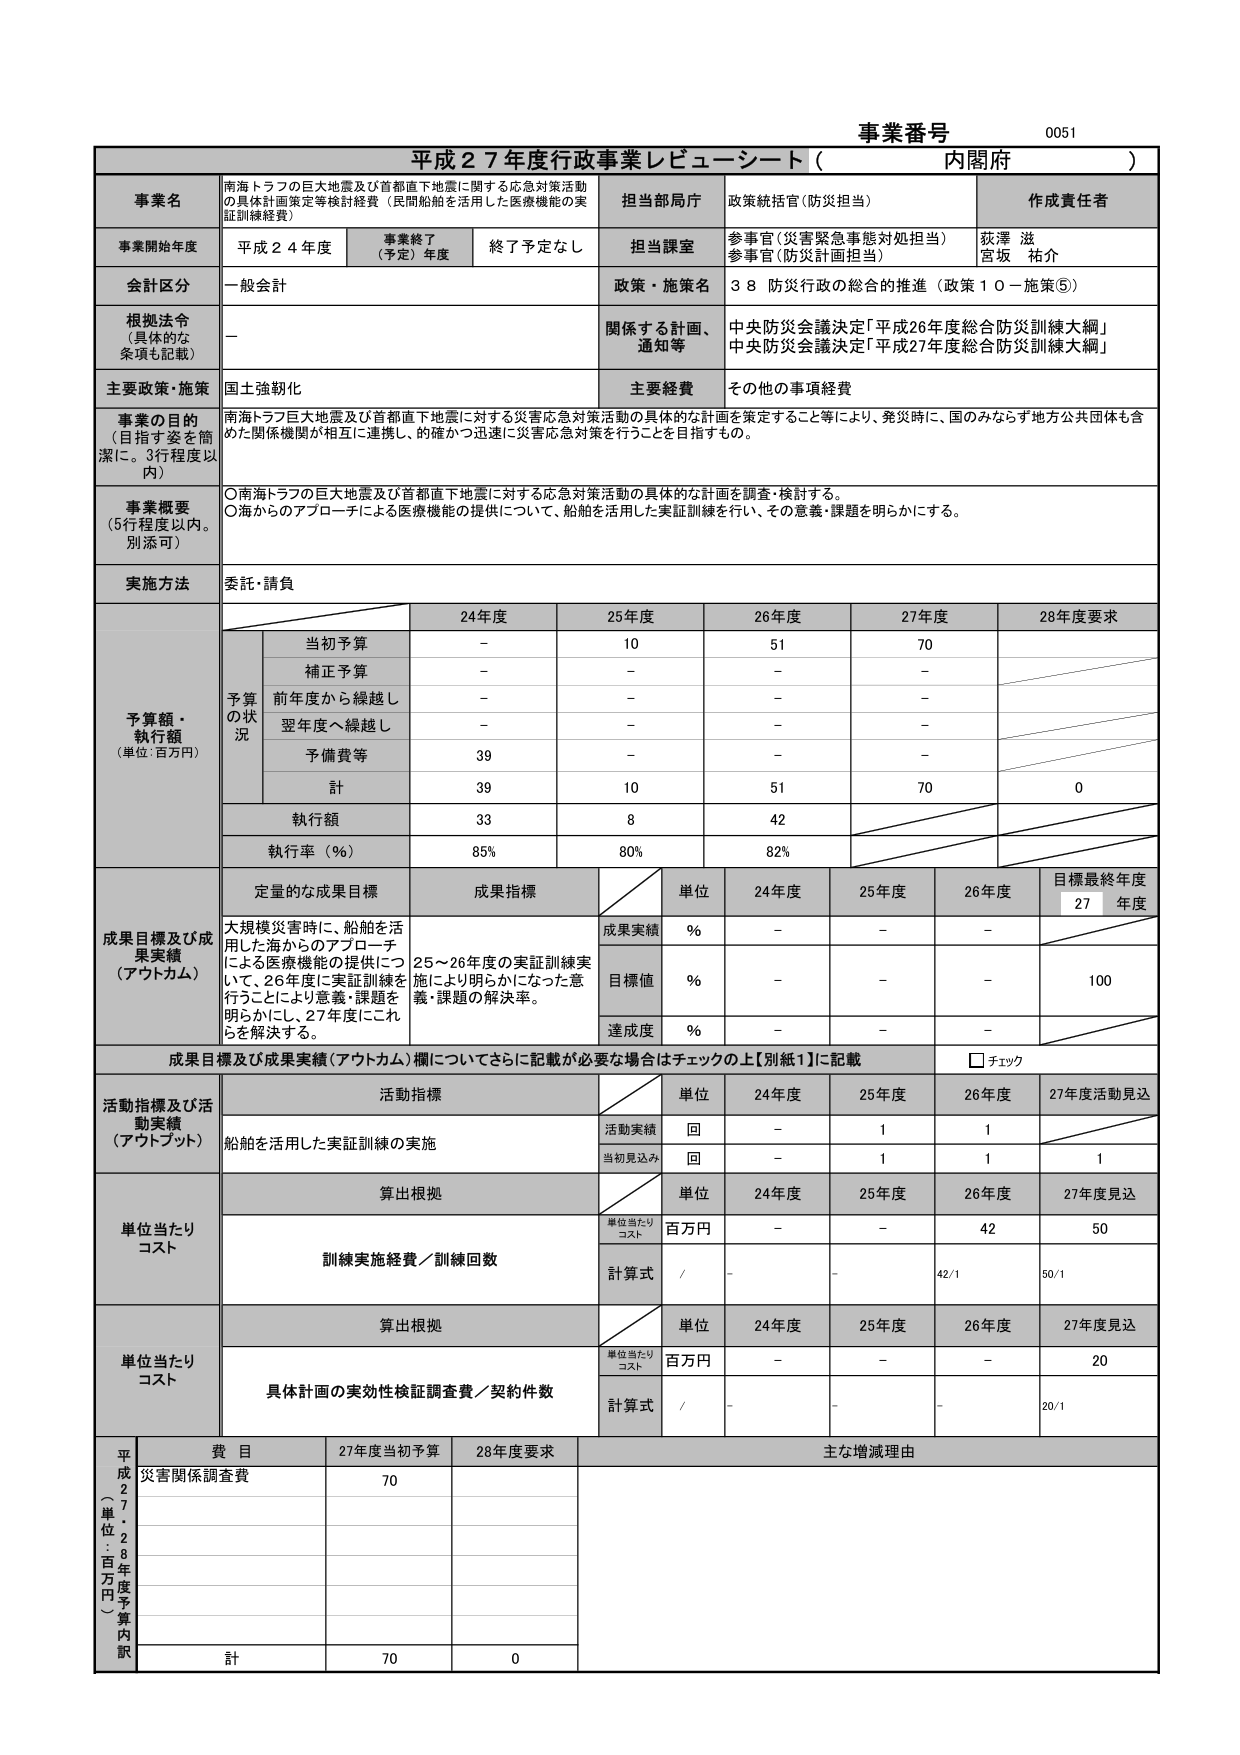
事業番号 0051
平成27年度行政事業レビュー・シート（内閣府）

事業名
南海トラフの巨大地震及び首都直下地震に関する応急対策活動の具体計画策定等検討経費（民間船舶を活用した医療機能の実証訓練経費）

担当部局庁
政策統括官（防災担当）

作成責任者
荻澤 滋
宮坂 祐介

事業開始年度
平成24年度
事業終了（予定）年度
終了予定なし
担当課室
参事官（災害緊急事態対処担当）
参事官（防災計画担当）

会計区分
一般会計
政策・施策名
38 防災行政の総合的推進（政策10－施策⑤）

根拠法令（具体的な条項も記載）
－
関係する計画、通知等
中央防災会議決定「平成26年度総合防災訓練大綱」
中央防災会議決定「平成27年度総合防災訓練大綱」

主要政策・施策
国土強靭化
主要経費
その他の事項経費

事業の目的（目指す姿を簡潔に。3行程度以内）
南海トラフの巨大地震及び首都直下地震に対する災害応急対策活動の具体的な計画を策定すること等により、発災時に、国のみならず地方公共団体も含めた関係機関が相互に連携し、的確かつ迅速に災害応急対策を行うことを目指すもの。

事業概要（5行程度以内。別添可）
〇南海トラフの巨大地震及び首都直下地震に対する応急対策活動の具体的な計画を調査・検討する。
〇海からのアプローチによる医療機能の提供について、船舶を活用した実証訓練を行い、その意義・課題を明らかにする。

実施方法
委託・請負

予算額・執行額（単位：百万円）
　　　　　　　　　　　　　24年度　　25年度　　26年度　　27年度　　28年度要求
　　　　　　　　　　　　当初予算　　－　　　　10　　　　51　　　　70　　　　－
　　　　　　　　　　　　補正予算　　－　　　　－　　　　－　　　　－　　　　－
　　　　　　　　　　　　前年度から繰越し　－　　　　－　　　　－　　　　－　　　　－
　　　　　　　　　　　　翌年度へ繰越し　－　　　　－　　　　－　　　　－　　　　－
　　　　　　　　　　　　予備費等　　39　　　　－　　　　－　　　　－　　　　－
　　　　　　　　　　　　計　　　　39　　　　10　　　　51　　　　70　　　　0
　　　　　　　　　　　　執行額　　33　　　　8　　　　42　　　　－　　　　－
　　　　　　　　　　　　執行率（％）　85％　　80％　　82％　　－　　　　－

成果目標及び成果実績（アウトカム）
定量的な成果目標
成果指標
単位　　24年度　　25年度　　26年度　　目標最終年度27年度
成果実績　％　　－　　　　－　　　　－　　　　－
目標値　％　　－　　　　－　　　　－　　　　100
達成度　％　　－　　　　－　　　　－　　　　－

大規模災害時に、船舶を活用した海からのアプローチによる医療機能の提供について、26年度に実証訓練を行うことにより意義・課題を明らかにし、27年度にこれらを解決する。
25～26年度の実証訓練実施により明らかになった意義・課題の解決率。

成果目標及び成果実績（アウトカム）欄についてさらに記載が必要な場合はチェックの上【別紙1】に記載
□ チェック

活動指標及び活動実績（アウトプット）
活動指標
単位　　24年度　　25年度　　26年度　　27年度活動見込
船舶を活用した実証訓練の実施
活動実績　回　　－　　　　1　　　　1　　　　－
当初見込み　回　　－　　　　1　　　　1　　　　1

単位当たりコスト
算出根拠
単位当たりコスト　百万円　　－　　　　－　　　　42　　　　50
訓練実施経費／訓練回数
計算式　／　　－　　　　－　　　　42/1　　　　50/1

単位当たりコスト
算出根拠
単位当たりコスト　百万円　　－　　　　－　　　　－　　　　20
具体計画の実効性検証調査費／契約件数
計算式　／　　－　　　　－　　　　－　　　　20/1

平成27年度（単位：百万円）予算内訳
費目　　27年度当初予算　　28年度要求　　主な増減理由
災害関係調査費　　70　　－
計　　70　　0